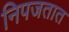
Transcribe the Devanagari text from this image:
निपजतात